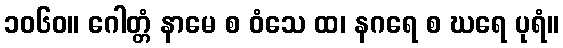
၁၀၆၀။ ဂေါတ္တံ နာမေ စ ဝံသေ ထ၊ နဂရေ စ ဃရေ ပုရံ။